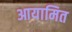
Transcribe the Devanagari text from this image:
आयामित